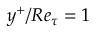
y ^ { + } / R e _ { \tau } = 1